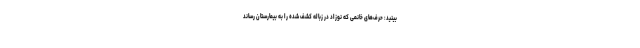
بینید: حرف‌های خانمی که نوزاد در زباله کشف شده را به بیمارستان رساند